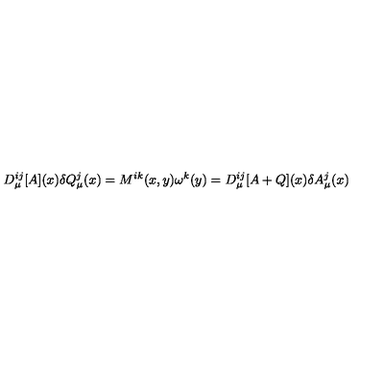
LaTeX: D _ { \mu } ^ { i j } [ A ] ( x ) \delta Q _ { \mu } ^ { j } ( x ) = M ^ { i k } ( x , y ) \omega ^ { k } ( y ) = D _ { \mu } ^ { i j } [ A + Q ] ( x ) \delta A _ { \mu } ^ { j } ( x )